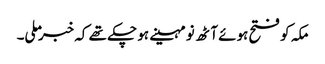
مکہ کو فتح ہوئے آٹھ نو مہینے ہو چکے تھے کہ خبر ملی۔